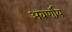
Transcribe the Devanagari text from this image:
अवर्णीय